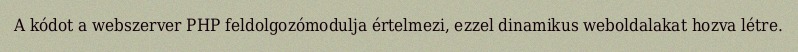
A kódot a webszerver PHP feldolgozómodulja értelmezi, ezzel dinamikus weboldalakat hozva létre.